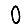
Digit: 0